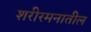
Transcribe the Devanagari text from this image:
शरीरमनातील